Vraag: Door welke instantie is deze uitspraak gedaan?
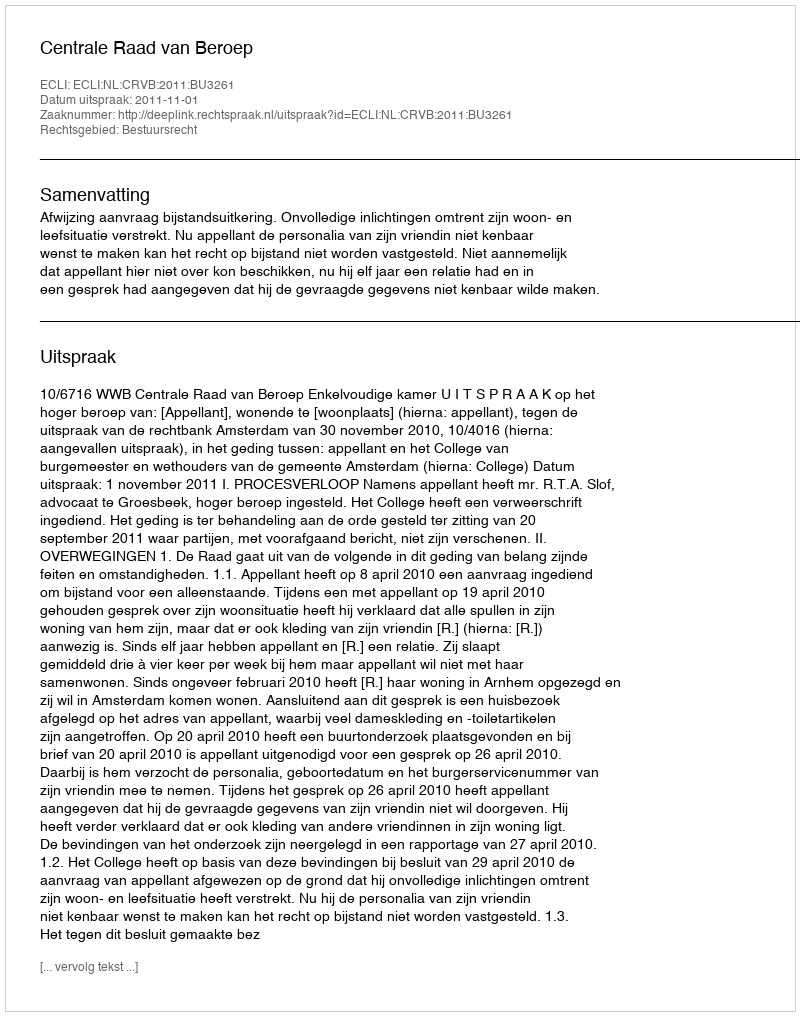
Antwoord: Centrale Raad van Beroep